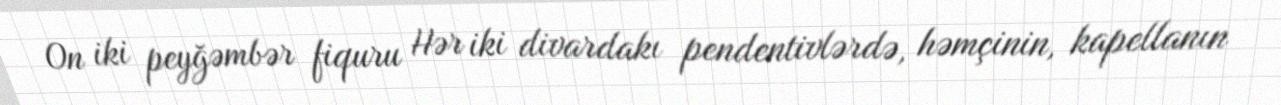
On iki peyğəmbər fiquru Hər iki divardakı pendentivlərdə, həmçinin, kapellanın